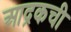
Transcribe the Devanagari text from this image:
आद्रकची